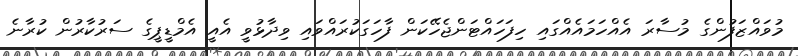
މުވައްޒަފުންގެ މުސާރަ އެއްހަމައެއްގައި ހިފަހައްޓަންޖެހޭކަން ފާހަގަކުރައްވައި ވިދާޅުވީ އެއީ އެމްޑީޕީގެ ސަރުކާރުން ކުރާނެ